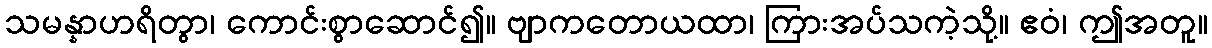
သမန္နာဟရိတွာ၊ ကောင်းစွာဆောင်၍။ ဗျာကတောယထာ၊ ကြားအပ်သကဲ့သို့။ ဧဝံ၊ ဤအတူ။